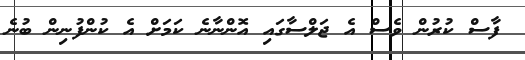
ފާސް ކުރުން ވެސް އެ ޖަލްސާގައި އޮންނާނެ ކަމަށް އެ ކުންފުނިން ބުނެ